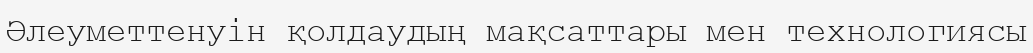
Әлеуметтенуін қолдаудың мақсаттары мен технологиясы